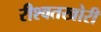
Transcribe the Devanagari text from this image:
रीश्वतखोरी